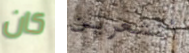
كان أتشعرين